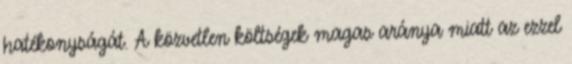
hatékonyságát. A közvetlen költségek magas aránya miatt az ezzel